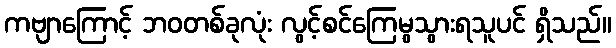
ကဗျာကြောင့် ဘဝတစ်ခုလုံး လွင့်စင်ကြေမွသွားရသူပင် ရှိသည်။